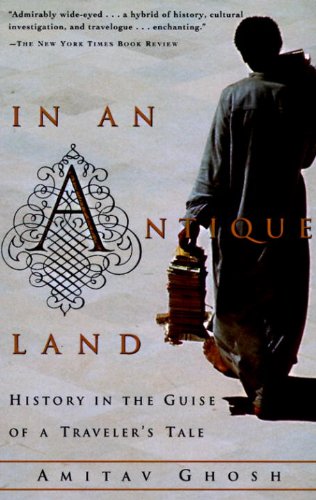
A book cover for In an Antique Land: History in the Guise of a Traveler's Tale; Amitav Ghosh; History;